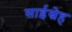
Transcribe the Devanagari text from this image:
साईस्नेह